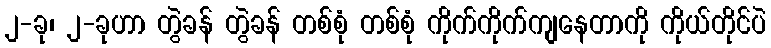
၂-ခု၊ ၂-ခုဟာ တွဲခန် တွဲခန် တစ်စုံ တစ်စုံ ကိုက်ကိုက်ကျနေတာကို ကိုယ်တိုင်ပဲ